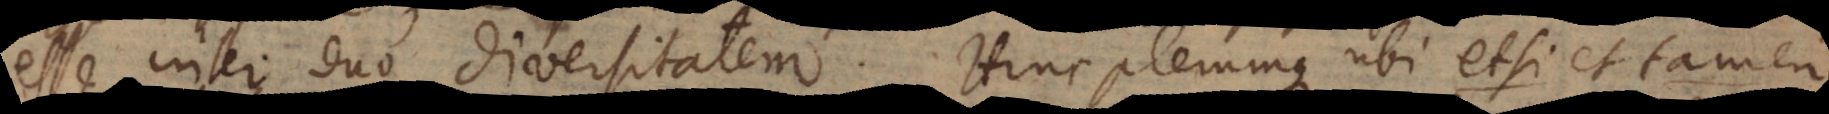
esse inter duo diversitatem. Hinc plerumque ubi etsi et tamen